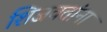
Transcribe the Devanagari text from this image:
शिजवतांना